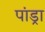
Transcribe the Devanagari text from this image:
पांड्रा